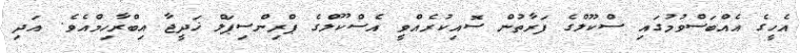
އެހީގެ އެއްބަސްވުމުގައި ސްކޫލްގެ ފަރާތުން ސޮއިކުރެއްވީ އެސްކޫލްގެ ޕްރިންސިޕަލް ޚަދީޖާ އިބްރާހިމްއެވެ. އަދި